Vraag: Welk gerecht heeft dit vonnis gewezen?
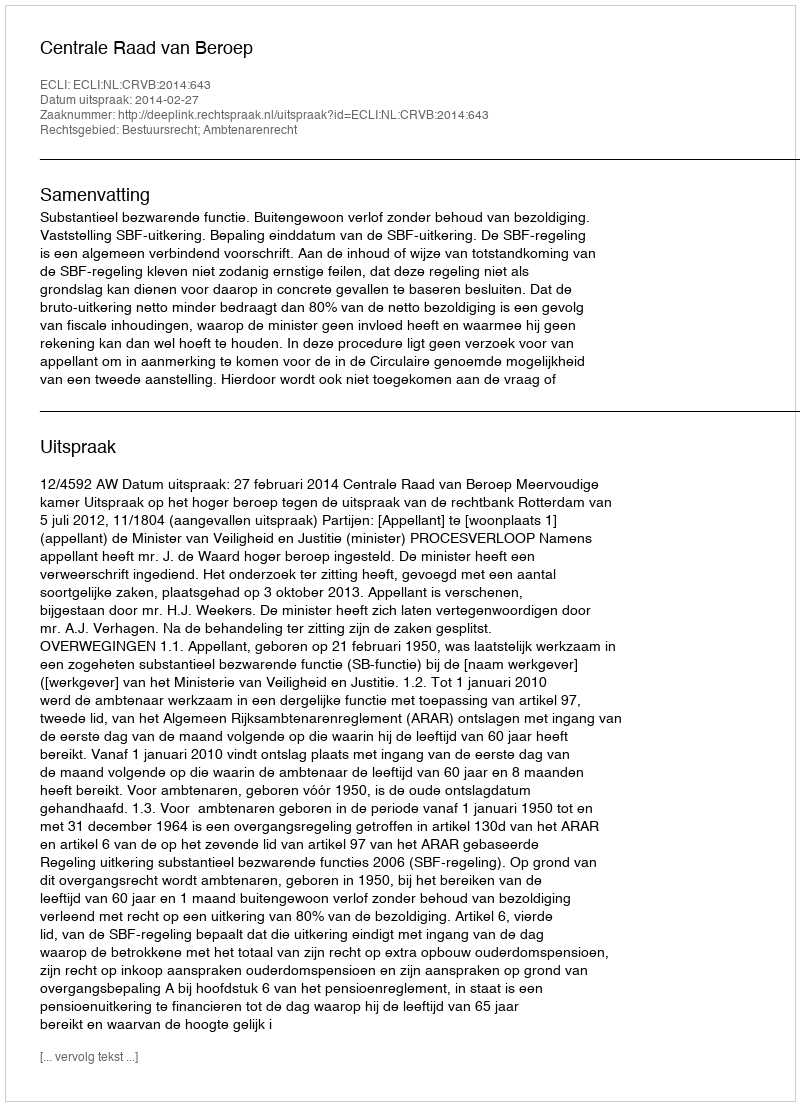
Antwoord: Centrale Raad van Beroep